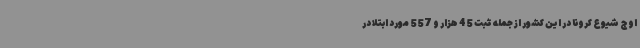
اوج شیوع کرونا در این کشور از جمله ثبت 45 هزار و 557 مورد ابتلا در